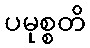
ပမုစ္စတိ